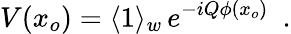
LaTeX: V(x_{o})=\langle 1\rangle_{w}\, e^{-iQ\phi(x_{o})}\, \, \, .